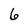
Character: 6